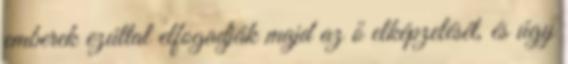
emberek ezúttal elfogadják majd az ő elképzelését, és úgy